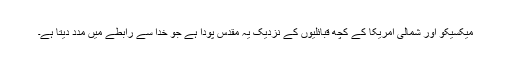
میکسیکو اور شمالی امریکا کے کچھ قبائلیوں کے نزدیک یہ مقدس پودا ہے جو خدا سے رابطے میں مدد دیتا ہے۔